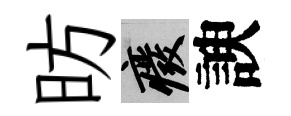
昉廢諛